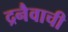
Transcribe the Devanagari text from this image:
द्रनैवाची